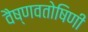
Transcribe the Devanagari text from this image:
वैष्णवतोषिणी